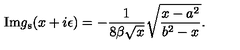
\mathrm { I m } g _ { \mathrm { s } } ( x + i \epsilon ) = - { \frac { 1 } { 8 \beta \sqrt { x } } } \sqrt { { \frac { x - a ^ { 2 } } { b ^ { 2 } - x } } } .